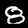
Label: 8